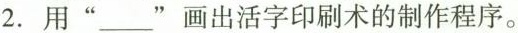
2.用”___”画出活字印刷术的制作程序。